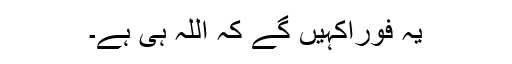
یہ فورًاکہیں گے کہ اللہ ہی ہے۔